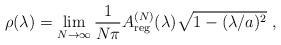
LaTeX: \begin{align*}\rho(\lambda)=\lim_{N\to\infty}\frac{1}{N\pi}A_{\rm reg}^{(N)}(\lambda)\sqrt{1-(\lambda/a)^2} \ ,\end{align*}